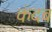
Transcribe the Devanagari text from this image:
कंदब